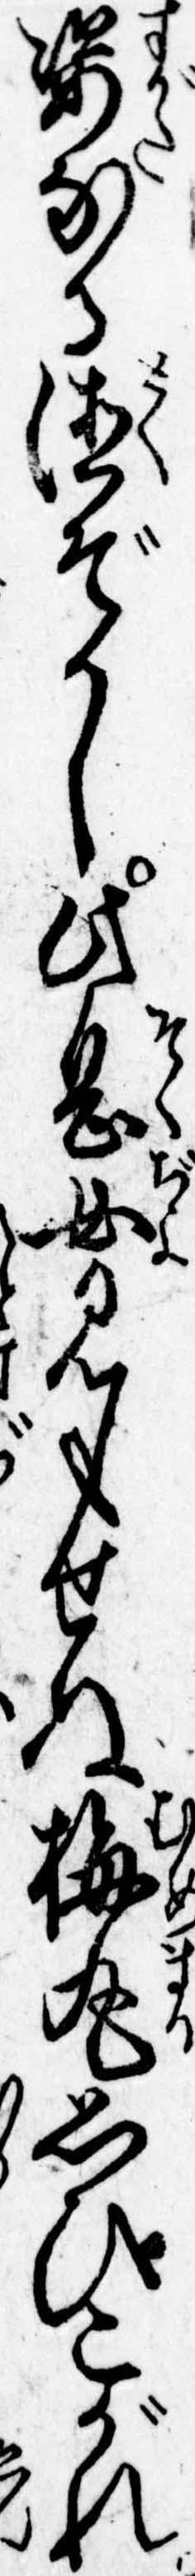
姿なる徳ぞかし此息女見もせぬ梅丸思ひこがれ